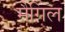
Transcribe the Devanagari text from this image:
मैगिल